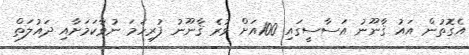
އެގޮތުން އައު ޤާނޫނު އަސާސީގައި 100އަށް ވުރެ ޤާނޫނު ފުރިހަމަ ނުވާކަމަށާއި ދައުލަތް